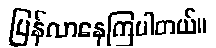
ပြန်လာနေကြပါတယ်။